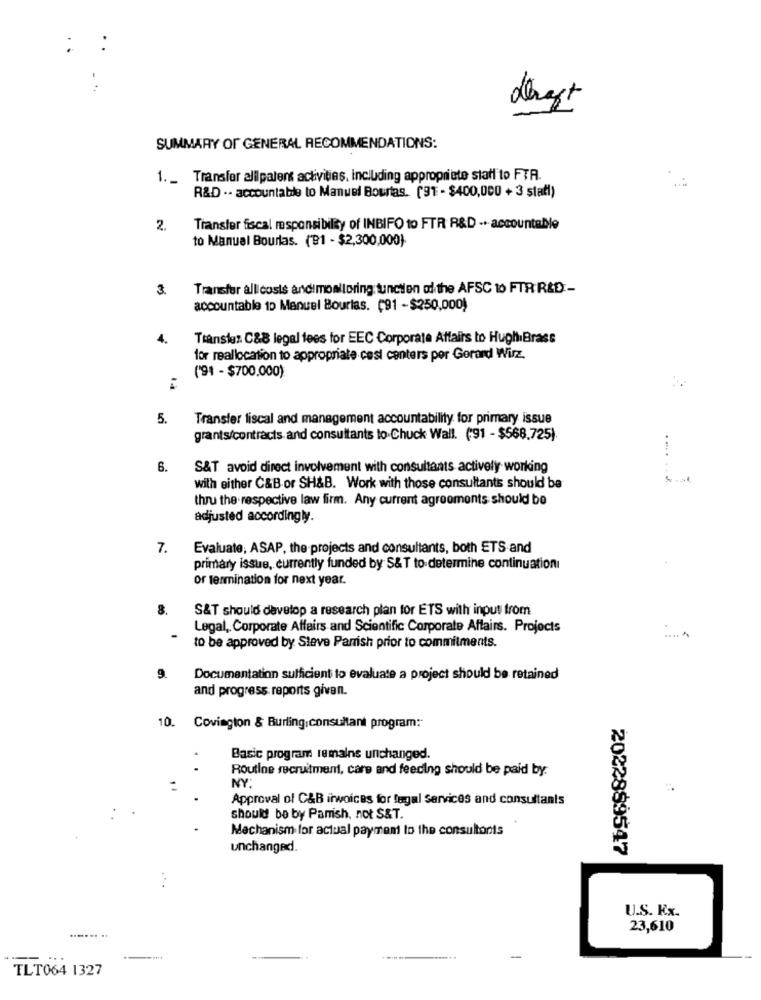
derest
SUMMARY OF GENERAL RECOMMENDATIONS:
1. _ Transfor alilpatent activities, including appropriate staff to FYR.
R&D .- accountable to Manuel Bourtas. (91 - $400,000 + 3 stati)
2.
Transfer fiscal msponsibility of INBIFO to FTR R&D -. accountable
to Manuel Bourlas. (91 - $2,300,000).
3.
Transfer alli cosis andimonitoring tunctien of the AFSC to FTR R&D-
accountable to Manuel Bourlas. (91 -$250,000)
4.
Transles C&8 legal fees for EEC Corporate Affairs to HugliBrass
for reallocation to appropriate cest centers por Gerard Wirz.
('91 - $700.000)
5.
Transfer fiscal and management accountability for primary issue
grants/contracts and consultants to.Chuck Wall. ('91 - $568.725).
6.
S&T avoid direct involvement with consultants actively working
with either C&B or SH&B. Work with those consultants should be
thru the respective law firm. Any current agreements should be
adjusted accordingly.
7.
Evaluate; ASAP, the projects and consultants, both ETS and
primary issue, currently funded by S&T to determine continuationı
or termination for next year.
8.
S&T should develop a research plan for ETS with input from
Legal, Corporate Affairs and Scientific Corporate Affairs. Projects
to be approved by Steve Parrish prior to commitments.
9.
Documentation sufficient to evaluate a project should be retained
and progress reports given.
10. Covington & Burling,consultant program:
Basic program remains unchanged.
..
Routine recruitment, care and feeding should be paid by.
NY:
Approval of C&B inwoices for legal Services and consultants
should be by Parish, not S&T.
Mechanism for actual payment to the consultants
unchanged.
2022889547
U.S. Kx.
....... ..
23,610
TLT064 1327